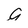
Character: g